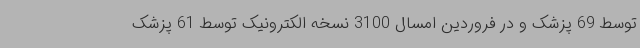
توسط 69 پزشک و در فروردین امسال 3100 نسخه الکترونیک توسط 61 پزشک